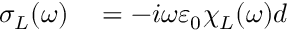
\begin{array} { r l } { \sigma _ { L } ( \omega ) } & { { } = - i \omega \varepsilon _ { 0 } \chi _ { L } ( \omega ) d } \end{array}